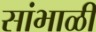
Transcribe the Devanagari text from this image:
सांभाळी